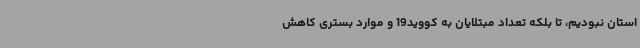
استان نبودیم، تا بلکه تعداد مبتلایان به کووید19 و موارد بستری کاهش